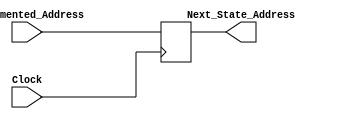
module Incrementer_Register (
								output reg [8:0] Next_State_Address,
								input [8:0] Incremented_Address,
								input Clock
								);
	always @ (posedge Clock)
		begin
		Next_State_Address <= Incremented_Address;
		end
endmodule